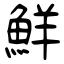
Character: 鮮